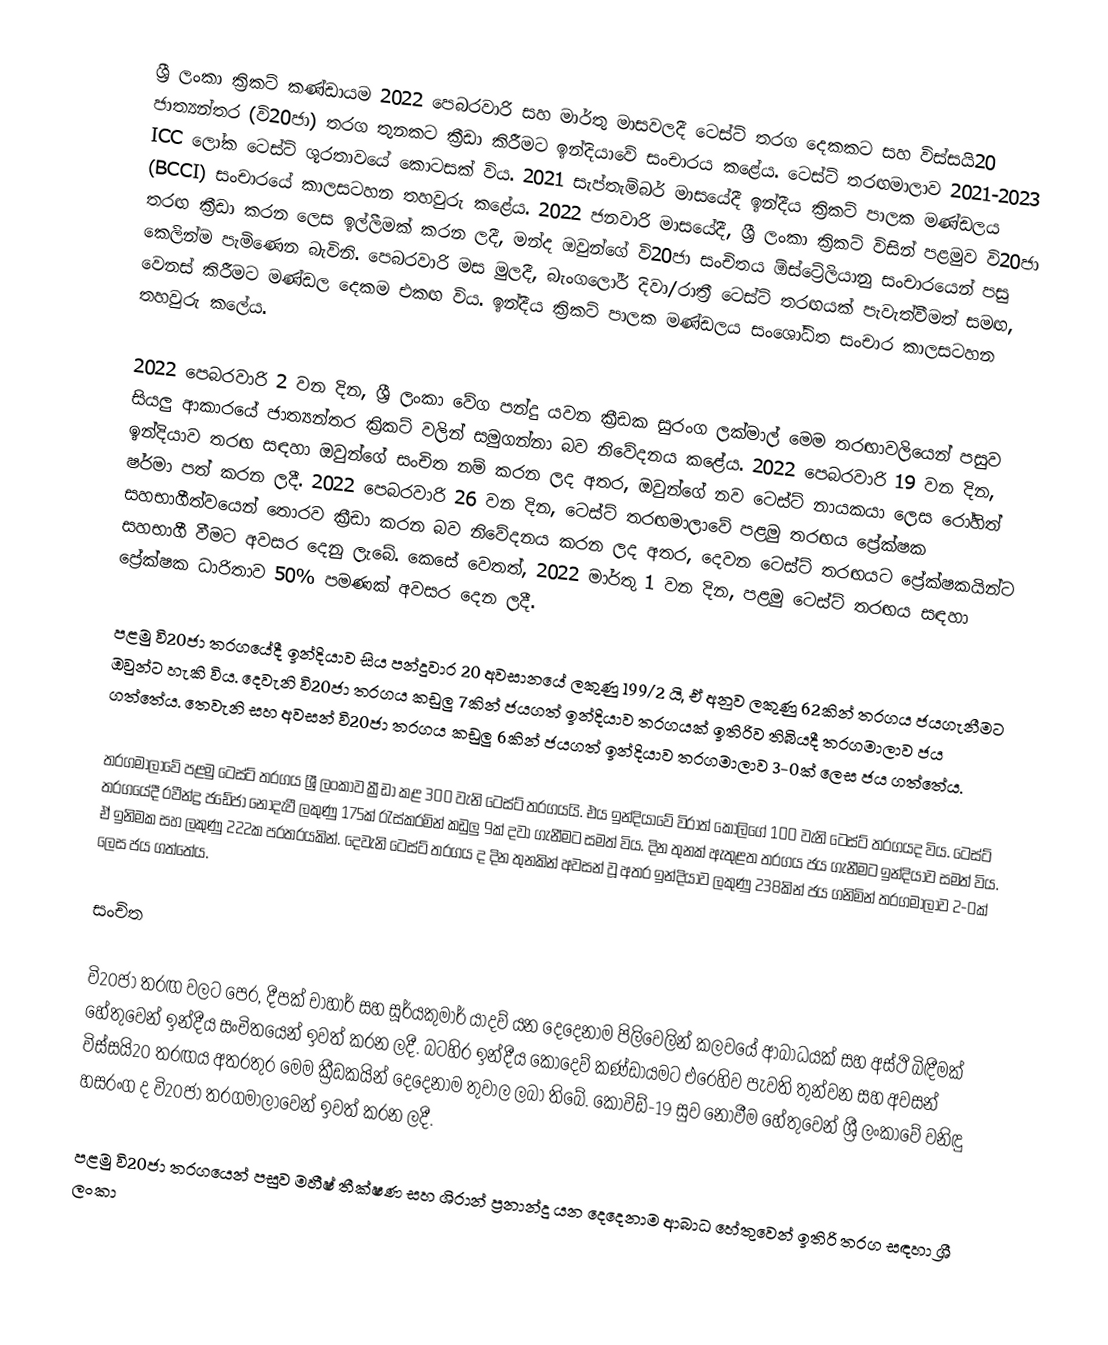
ශ්‍රී ලංකා ක්‍රිකට් කණ්ඩායම 2022 පෙබරවාරි සහ මාර්තු මාසවලදී ටෙස්ට් තරග දෙකකට සහ විස්සයි20 ජාත්‍යන්තර (වි20ජා) තරග තුනකට ක්‍රීඩා කිරීමට ඉන්දියාවේ සංචාරය කළේය. ටෙස්ට් තරඟමාලාව 2021-2023 ICC ලෝක ටෙස්ට් ශූරතාවයේ කොටසක් විය. 2021 සැප්තැම්බර් මාසයේදී ඉන්දීය ක්‍රිකට් පාලක මණ්ඩලය (BCCI) සංචාරයේ කාලසටහන තහවුරු කළේය. 2022 ජනවාරි මාසයේදී, ශ්‍රී ලංකා ක්‍රිකට් විසින් පළමුව වි20ජා තරඟ ක්‍රීඩා කරන ලෙස ඉල්ලීමක් කරන ලදී, මන්ද ඔවුන්ගේ වි20ජා සංචිතය ඕස්ට්‍රේලියානු සංචාරයෙන් පසු කෙලින්ම පැමිණෙන බැවිනි. පෙබරවාරි මස මුලදී, බැංගලෝර් දිවා/රාත්‍රී ටෙස්ට් තරඟයක් පැවැත්වීමත් සමඟ, වෙනස් කිරීමට මණ්ඩල දෙකම එකඟ විය. ඉන්දීය ක්‍රිකට් පාලක මණ්ඩලය සංශෝධිත සංචාර කාලසටහන තහවුරු කලේය.

2022 පෙබරවාරි 2 වන දින, ශ්‍රී ලංකා වේග පන්දු යවන ක්‍රීඩක සුරංග ලක්මාල් මෙම තරඟාවලියෙන් පසුව සියලු ආකාරයේ ජාත්‍යන්තර ක්‍රිකට් වලින් සමුගන්නා බව නිවේදනය කළේය. 2022 පෙබරවාරි 19 වන දින, ඉන්දියාව තරඟ සඳහා ඔවුන්ගේ සංචිත නම් කරන ලද අතර, ඔවුන්ගේ නව ටෙස්ට් නායකයා ලෙස රෝහිත් ෂර්මා පත් කරන ලදී. 2022 පෙබරවාරි 26 වන දින, ටෙස්ට් තරඟමාලාවේ පළමු තරඟය ප්‍රේක්ෂක සහභාගීත්වයෙන් තොරව ක්‍රීඩා කරන බව නිවේදනය කරන ලද අතර, දෙවන ටෙස්ට් තරඟයට ප්‍රේක්ෂකයින්ට සහභාගී වීමට අවසර දෙනු ලැබේ. කෙසේ වෙතත්, 2022 මාර්තු 1 වන දින, පළමු ටෙස්ට් තරඟය සඳහා ප්‍රේක්ෂක ධාරිතාව 50% පමණක් අවසර දෙන ලදී.

පළමු වි20ජා තරගයේදී ඉන්දියාව සිය පන්දුවාර 20 අවසානයේ ලකුණු 199/2 යි, ඒ අනුව ලකුණු 62කින් තරගය ජයගැනීමට ඔවුන්ට හැකි විය. දෙවැනි වි20ජා තරගය කඩුලු 7කින් ජයගත් ඉන්දියාව තරගයක් ඉතිරිව තිබියදී තරගමාලාව ජය ගත්තේය. තෙවැනි සහ අවසන් වි20ජා තරගය කඩුලු 6කින් ජයගත් ඉන්දියාව තරගමාලාව 3-0ක් ලෙස ජය ගත්තේය.

තරගමාලාවේ පළමු ටෙස්ට් තරගය ශ්‍රී ලංකාව ක්‍රීඩා කළ 300 වැනි ටෙස්ට් තරගයයි. එය ඉන්දියාවේ විරාත් කෝලිගේ 100 වැනි ටෙස්ට් තරගයද විය. ටෙස්ට් තරගයේදී රවීන්ද්‍ර ජඩේජා නොදැවී ලකුණු 175ක් රැස්කරමින් කඩුලු 9ක් දවා ගැනීමට සමත් විය. දින තුනක් ඇතුළත තරගය ජය ගැනීමට ඉන්දියාව සමත් විය. ඒ ඉනිමක සහ ලකුණු 222ක පරතරයකින්. දෙවැනි ටෙස්ට් තරගය ද දින තුනකින් අවසන් වූ අතර ඉන්දියාව ලකුණු 238කින් ජය ගනිමින් තරගමාලාව 2-0ක් ලෙස ජය ගත්තේය.

සංචිත

වි20ජා තරඟ වලට පෙර, දීපක් චාහාර් සහ සූර්යකුමාර් යාදව් යන දෙදෙනාම පිලිවෙලින් කලවයේ ආබාධයක් සහ අස්ථි බිඳීමක් හේතුවෙන් ඉන්දීය සංචිතයෙන් ඉවත් කරන ලදී. බටහිර ඉන්දීය කොදෙව් කණ්ඩායමට එරෙහිව පැවති තුන්වන සහ අවසන් විස්සයි20 තරඟය අතරතුර මෙම ක්‍රීඩකයින් දෙදෙනාම තුවාල ලබා තිබේ. කොවිඩ්-19 සුව නොවීම හේතුවෙන් ශ්‍රී ලංකාවේ වනිඳු හසරංග ද වි20ජා තරගමාලාවෙන් ඉවත් කරන ලදී.

පළමු වි20ජා තරගයෙන් පසුව මහීෂ් තීක්ෂණ සහ ශිරාන් ප්‍රනාන්දු යන දෙදෙනාම ආබාධ හේතුවෙන් ඉතිරි තරග සඳහා ශ්‍රී ලංකා